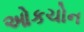
ઓકચોન